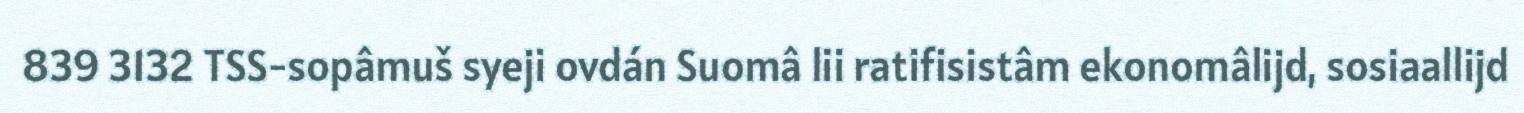
839 3132 TSS-sopâmuš syeji ovdán Suomâ lii ratifisistâm ekonomâlijd, sosiaallijd